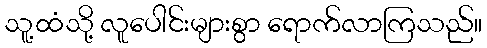
သူ့ထံသို့ လူပေါင်းများစွာ ရောက်လာကြသည်။